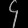
Digit: ၄